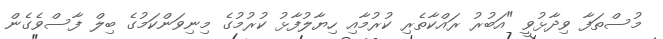
މުސްތަފާ ވިދާޅުވީ "އަބުރު ރައްކާތެރި ކުރުމާއި ހިޔާލުފާޅު ކުރުމުގެ މިނިވަންކަމުގެ ބިލް ފާސްވެގެން